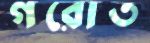
গরোত